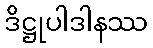
ဒိဋ္ဌုပါဒါနဿ